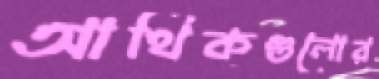
আর্থিকগুলোর